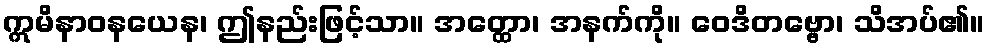
ဣမိနာဝနယေန၊ ဤနည်းဖြင့်သာ။ အတ္ထော၊ အနက်ကို။ ဝေဒိတဗ္ဗော၊ သိအပ်၏။